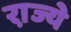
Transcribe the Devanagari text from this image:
रा़ज्ये